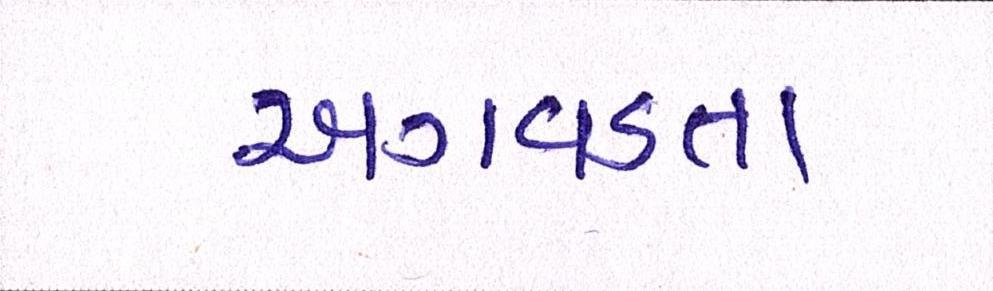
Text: અગવડતા